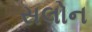
સલોન